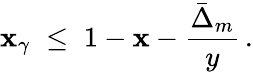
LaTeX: \mathbf{x}_{\gamma}\; \leq\; 1-\mathbf{x}-\frac{{\bar{{\Delta}}_{m}}}{{y}}\, .